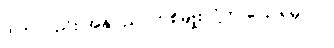
ဒါကလည်း အနုပညာတစ်မျိုးလို့ဘဲ ပြောရမှာပါ။